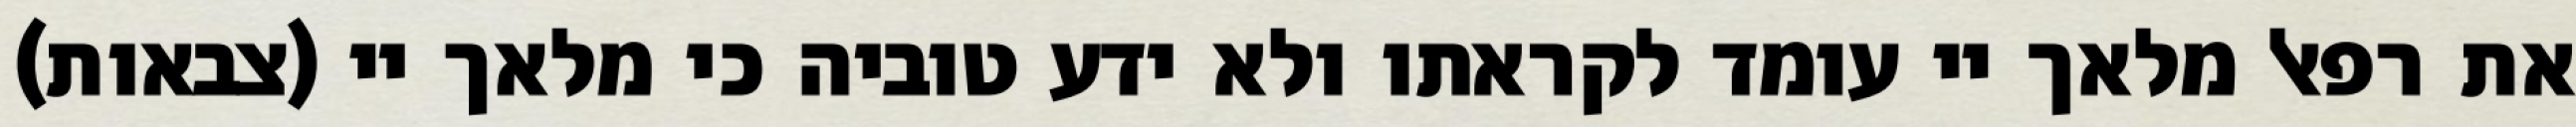
את רפאל מלאך יי עומד לקראתו ולא ידע טוביה כי מלאך יי (צבאות)